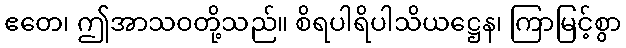
ဧတေ၊ ဤအာသဝတို့သည်။ စိရပါရိပါသိယဋ္ဌေန၊ ကြာမြင့်စွာ